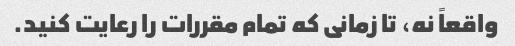
واقعاً نه، تا زمانی که تمام مقررات را رعایت کنید.